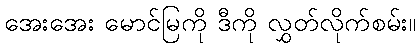
အေးအေး မောင်မြကို ဒီကို လွှတ်လိုက်စမ်း။